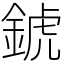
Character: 錿